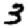
Digit: 3